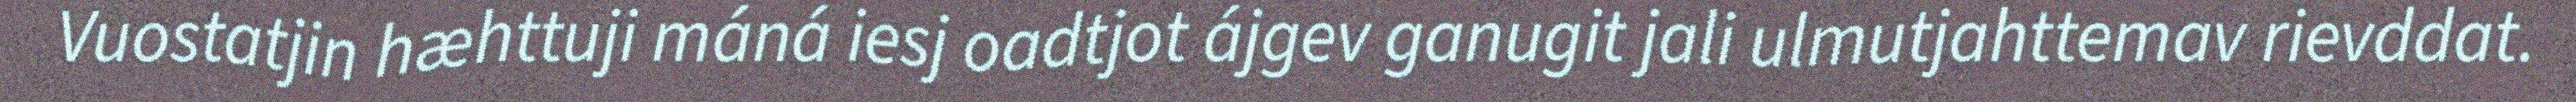
Vuostatjin hæhttuji máná iesj oadtjot ájgev ganugit jali ulmutjahttemav rievddat.